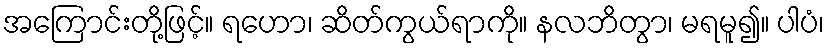
အကြောင်းတို့ဖြင့်။ ရဟော၊ ဆိတ်ကွယ်ရာကို။ နလဘိတွာ၊ မရမူ၍။ ပါပံ၊